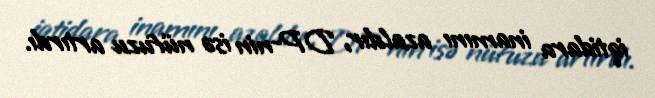
iqtidara inamını azaldır, DP-nin isə nüfuzu artırdı.